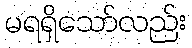
မရရှိသော်လည်း